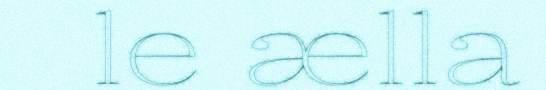
le ælla